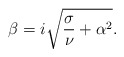
\begin{align*} \beta = i\sqrt{\frac{\sigma}{\nu}+\alpha^2} .\end{align*}